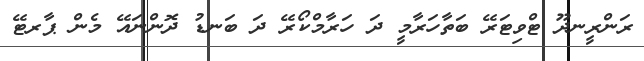
ރަންރީނދޫ ޓްވިޓަރޭ ބަތާހަރާމީ ދަ ހަރާމްކޯރޭ ދަ ބަނޑު ދޮންނައޭ މެން ޕާރޓޭ